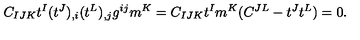
C _ { I J K } t ^ { I } ( t ^ { J } ) _ { , i } ( t ^ { L } ) _ { , j } g ^ { i j } m ^ { K } = C _ { I J K } t ^ { I } m ^ { K } ( C ^ { J L } - t ^ { J } t ^ { L } ) = 0 .